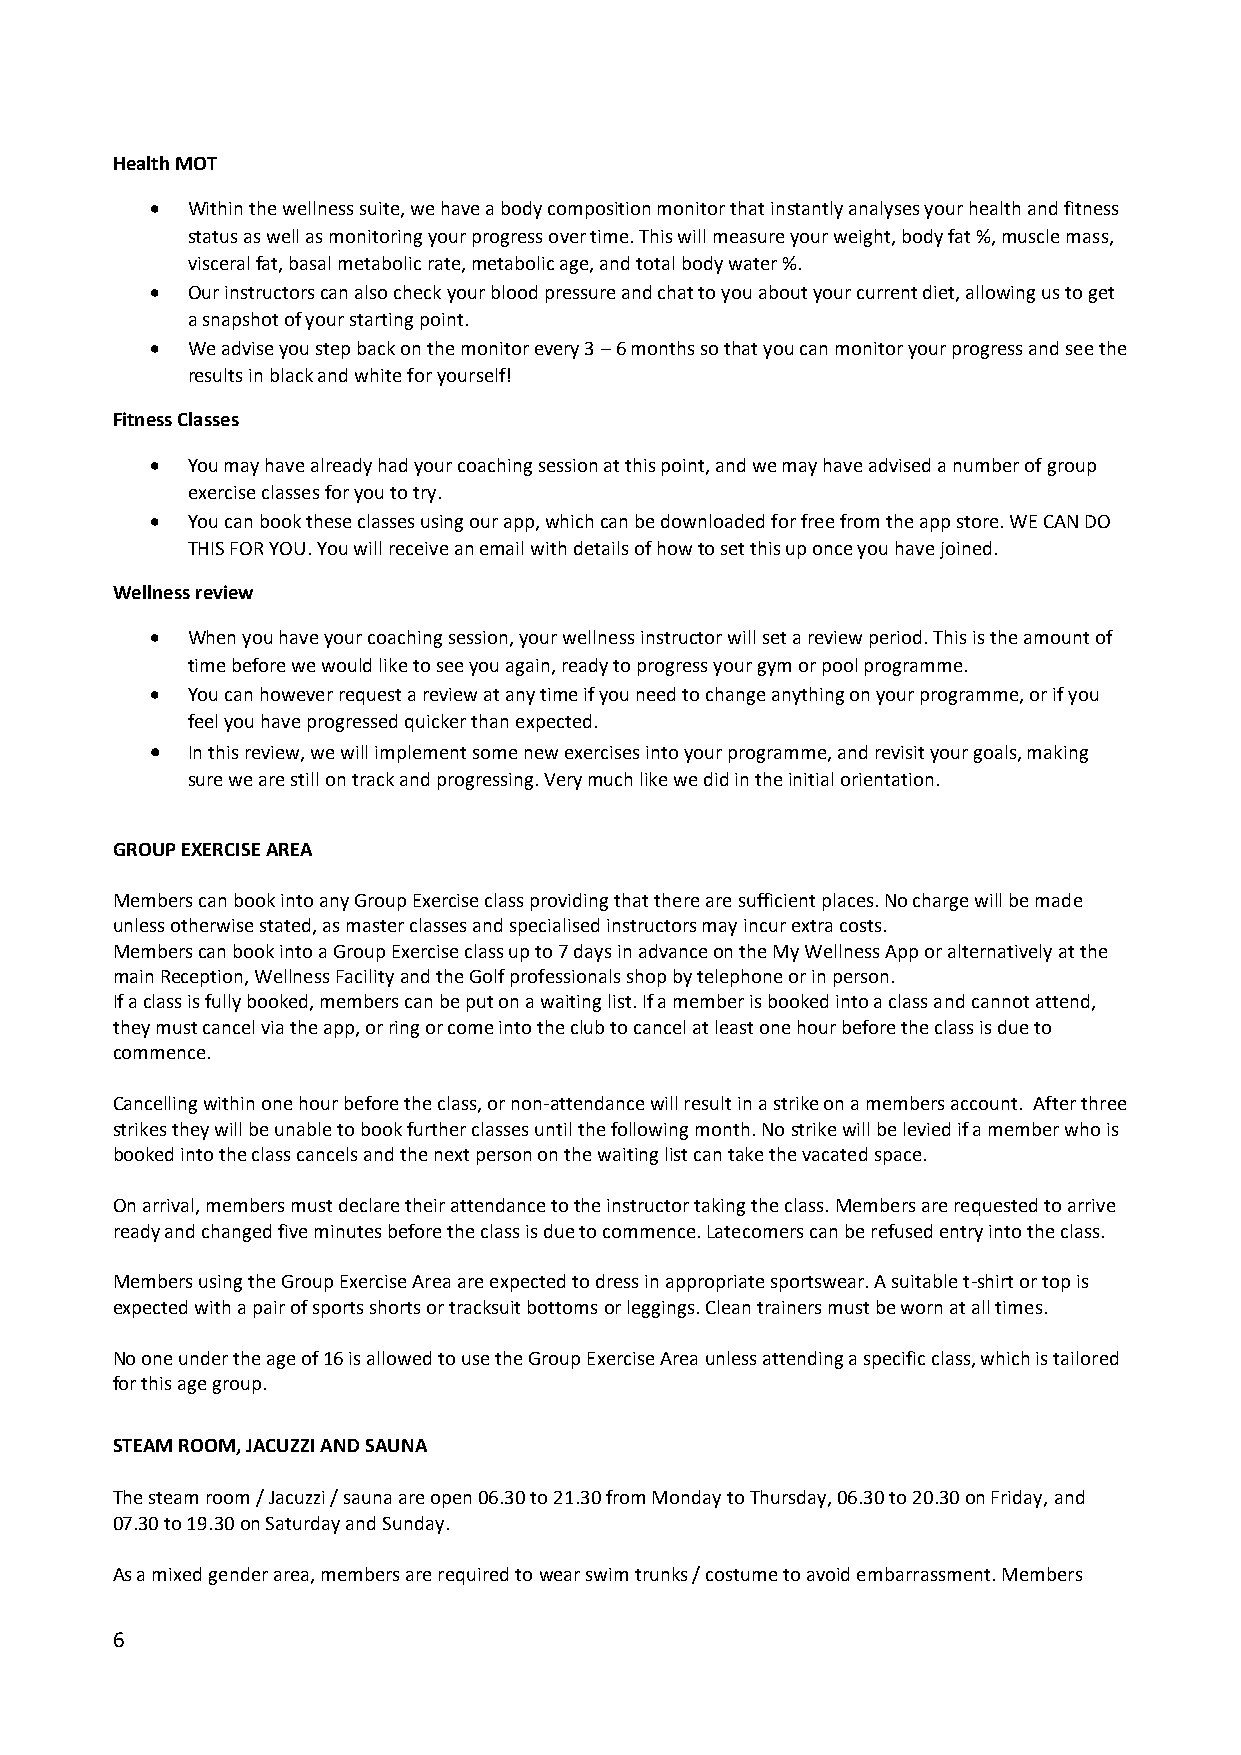
Health MOT
 • Within the wellness suite, we have a body composition monitor that instantly analyses your health and fitness
 status as well as monitoring your progress over time. This will measure your weight, body fat %, muscle mass,
 visceral fat, basal metabolic rate, metabolic age, and total body water %.
 • Our instructors can also check your blood pressure and chat to you about your current diet, allowing us to get
 a snapshot of your starting point.
 • We advise you step back on the monitor every 3 – 6 months so that you can monitor your progress and see the
 results in black and white for yourself!
 Fitness Classes
 • You may have already had your coaching session at this point, and we may have advised a number of group
 exercise classes for you to try.
 • You can book these classes using our app, which can be downloaded for free from the app store. WE CAN DO
 THIS FOR YOU. You will receive an email with details of how to set this up once you have joined.
 Wellness review
 • When you have your coaching session, your wellness instructor will set a review period. This is the amount of
 time before we would like to see you again, ready to progress your gym or pool programme.
 • You can however request a review at any time if you need to change anything on your programme, or if you
 feel you have progressed quicker than expected.
 • In this review, we will implement some new exercises into your programme, and revisit your goals, making
 sure we are still on track and progressing. Very much like we did in the initial orientation.
 GROUP EXERCISE AREA
 Members can book into any Group Exercise class providing that there are sufficient places. No charge will be made
 unless otherwise stated, as master classes and specialised instructors may incur extra costs.
 Members can book into a Group Exercise class up to 7 days in advance on the My Wellness App or alternatively at the
 main Reception, Wellness Facility and the Golf professionals shop by telephone or in person.
 If a class is fully booked, members can be put on a waiting list. If a member is booked into a class and cannot attend,
 they must cancel via the app, or ring or come into the club to cancel at least one hour before the class is due to
 commence.
 Cancelling within one hour before the class, or non-attendance will result in a strike on a members account. After three
 strikes they will be unable to book further classes until the following month. No strike will be levied if a member who is
 booked into the class cancels and the next person on the waiting list can take the vacated space.
 On arrival, members must declare their attendance to the instructor taking the class. Members are requested to arrive
 ready and changed five minutes before the class is due to commence. Latecomers can be refused entry into the class.
 Members using the Group Exercise Area are expected to dress in appropriate sportswear. A suitable t-shirt or top is
 expected with a pair of sports shorts or tracksuit bottoms or leggings. Clean trainers must be worn at all times.
 No one under the age of 16 is allowed to use the Group Exercise Area unless attending a specific class, which is tailored
 for this age group.
 STEAM ROOM, JACUZZI AND SAUNA
 The steam room / Jacuzzi / sauna are open 06.30 to 21.30 from Monday to Thursday, 06.30 to 20.30 on Friday, and
 07.30 to 19.30 on Saturday and Sunday.
 As a mixed gender area, members are required to wear swim trunks / costume to avoid embarrassment. Members
 6